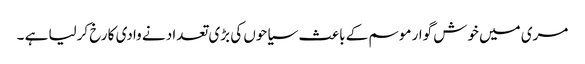
مری میں خوش گوار موسم کے باعث سیاحوں کی بڑی تعداد نے وادی کا رخ کرلیا ہے ۔